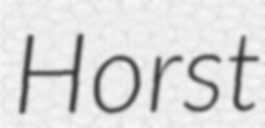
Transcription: Horst